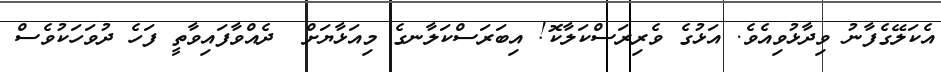
އެކަލޭގެފާނު ވިދާޅުވިއެވެ. އަޅުގެ ވެރިރަސްކަލާކޮ! އިބަރަސްކަލާނގެ މިއަޅާޔަށް  ދެއްވާފައިވާތީ ފަހެ ދުވަހަކުވެސް